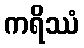
ကရိဿံ